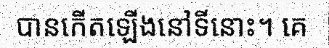
បានកើតឡើងនៅទីនោះ។ គេ